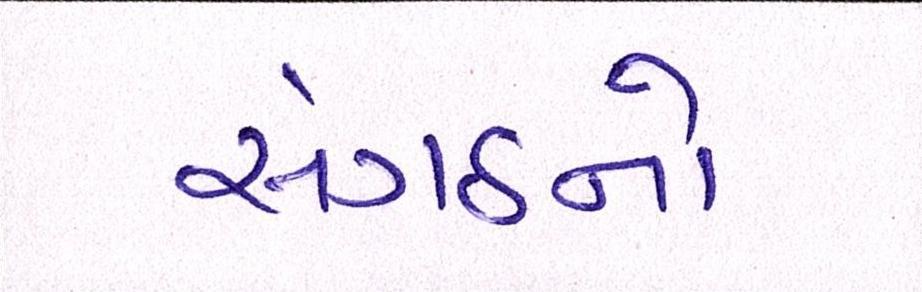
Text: સંગઠનો